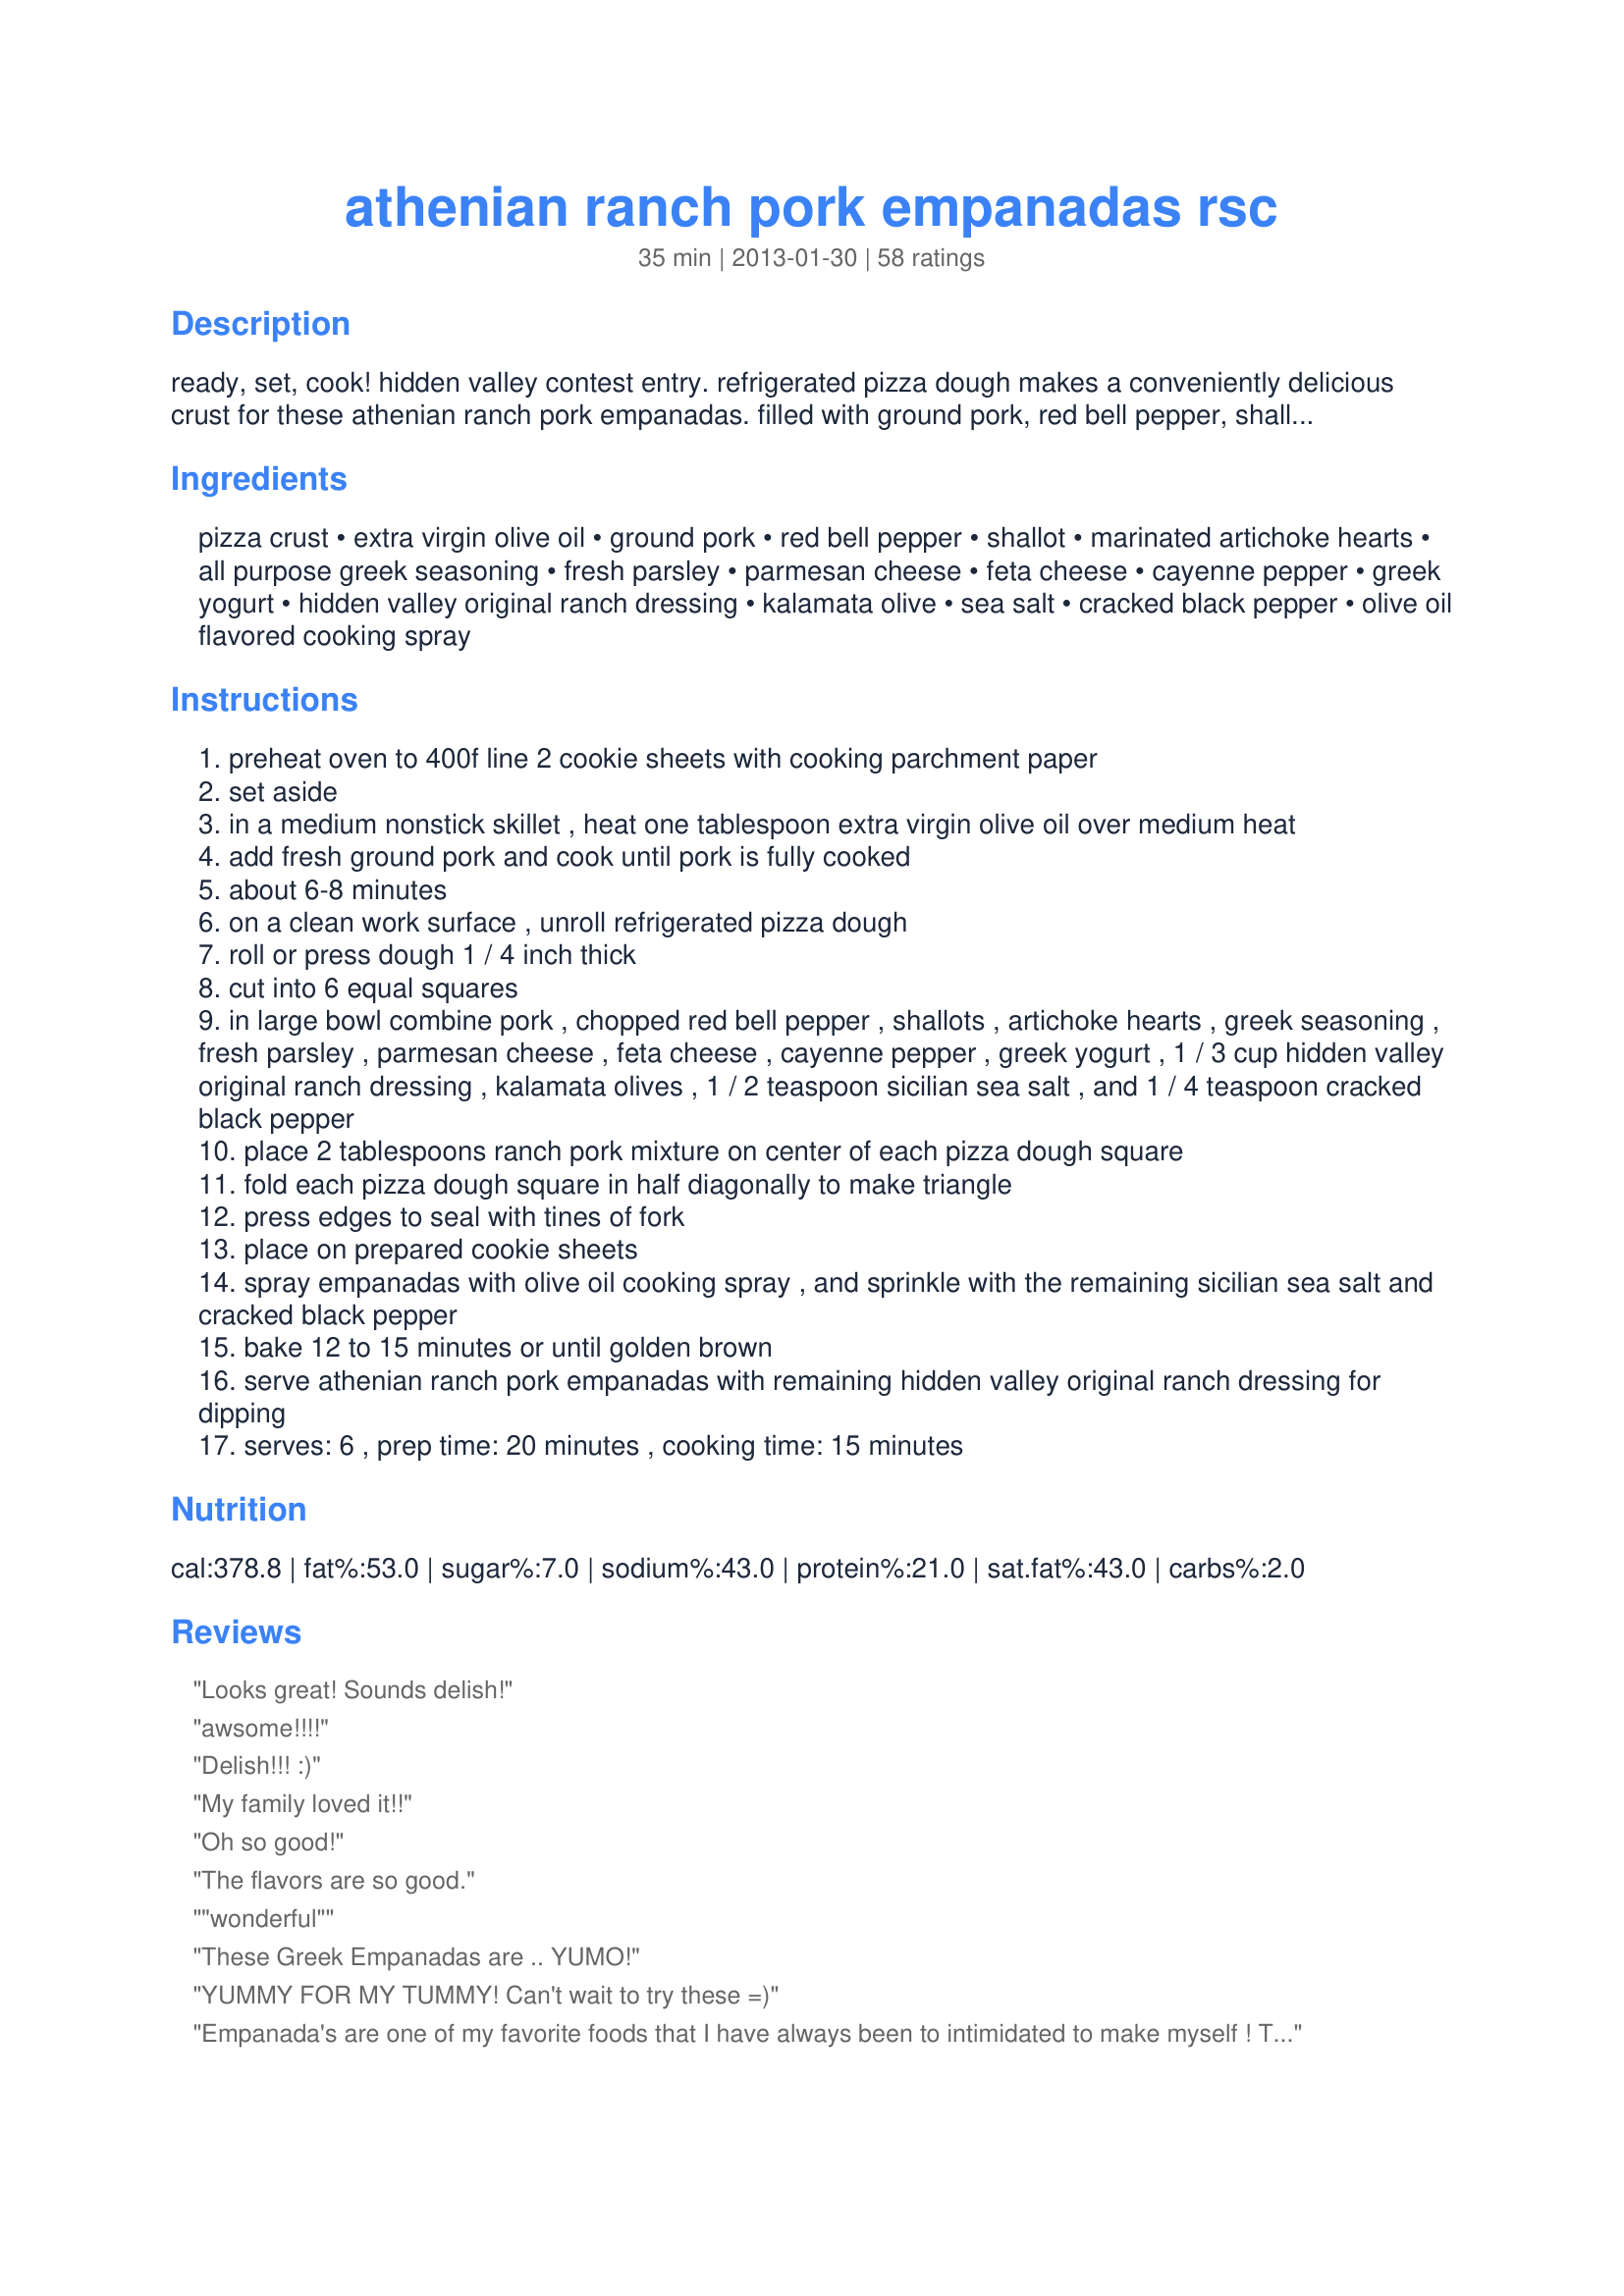
athenian ranch pork empanadas rsc
Preparation time: 35 minutes

ready, set, cook! hidden valley contest entry. refrigerated pizza dough makes a conveniently delicious crust for these athenian ranch pork empanadas. filled with ground pork, red bell pepper, shallots, artichokes, parmesan cheese, feta cheese, greek yogurt, and hidden valley original ranch dressing-a combination that will throw a delicious greek party in your mouth! easy to prepare and fast to cook!!!!

Ingredients:
pizza crust, extra virgin olive oil, ground pork, red bell pepper, shallot, marinated artichoke hearts, all purpose greek seasoning, fresh parsley, parmesan cheese, feta cheese, cayenne pepper, greek yogurt, hidden valley original ranch dressing, kalamata olive, sea salt, cracked black pepper, olive oil flavored cooking spray

Steps:
preheat oven to 400f line 2 cookie sheets with cooking parchment paper
set aside
in a medium nonstick skillet , heat one tablespoon extra virgin olive oil over medium heat
add fresh ground pork and cook until pork is fully cooked
about 6-8 minutes
on a clean work surface , unroll refrigerated pizza dough
roll or press dough 1 / 4 inch thick
cut into 6 equal squares
in large bowl combine pork , chopped red bell pepper , shallots , artichoke hearts , greek seasoning , fresh parsley , parmesan cheese , feta cheese , cayenne pepper , greek yogurt , 1 / 3 cup hidden valley original ranch dressing , kalamata olives , 1 / 2 teaspoon sicilian sea salt , and 1 / 4 teaspoon cracked black pepper
place 2 tablespoons ranch pork mixture on center of each pizza dough square
fold each pizza dough square in half diagonally to make triangle
press edges to seal with tines of fork
place on prepared cookie sheets
spray empanadas with olive oil cooking spray , and sprinkle with the remaining sicilian sea salt and cracked black pepper
bake 12 to 15 minutes or until golden brown
serve athenian ranch pork empanadas with remaining hidden valley original ranch dressing for dipping
serves: 6 , prep time: 20 minutes , cooking time: 15 minutes

Reviews:
Looks great! Sounds delish!
awsome!!!!
Delish!!! :)
My family loved it!!
Oh so good!
The flavors are so good.
"wonderful"
These Greek Empanadas are .. YUMO!
YUMMY FOR MY TUMMY! Can't wait to try these =)
Empanada's are one of my favorite foods that I have always been to intimidated to make myself ! This recipe looks very doable and gives me lots of inspiration ! THanks for posting
Delicious! So great!!
I made this recipe.... and it was really good!!!
Cool recipe, I love empanadas!
Looks awesome!
Wow what an amazing recipe! Looks incredible!!!
Yummy! And fun!
Awesome family food. Love how there is so little mess serving and eating. Wonderful recipe!
yummy
Bring on the Deliciousness!
Great recipe. This is a must try!!
Yum! Sounds perfect for the big game!!!!!
A great appetizer!
Anything from this cook is fabulous!
Sounds wonderful, making these
Sounds wonderful!
Looks quick and simple! Can't wait to try it out! Thanks!
These are Yummy!!!
Sounds fantastic. A must try recipe !
Delicious!!!!
Fun and tasty goodness!
These pork Empanadas are absolutely delicious!
Jeanne is the best cook we have ever ran across. She is always putting her heart and soul into her food. Her talent is a gift from GOD that no other can mimic.
Sounds delish!!
yummyyy love your recipe!!!
sounds GREAT!!!!!!
Very simple but delicious! Great flavor combo!!!
Marvelous
Sounds great and simple.
Yummy
May I have some today?
So simple and delicious!
The flavors are great, and I like that it's easy!! Great job!
Looks and sounds DELICIOUS Jeanette! I think I have everything to make these for lunch! YUMMY : )
These are DELISH!!!
very tasty !
Sounds fabulous :)
Great recipe!!! Love the flavors!!
I am always looking for something new and this looks amazing! Can't wait to try it! Thanks for sharing!
What a great recipe!!! Made these for dinner last night ... served with a nice green salad... the perfect meal!! Great job!!!
Delicious and Flavorful :-)
Quick AND delicious!
Yummm!!
Looks wonderful! Can't wait to try it.
It was awesome!!
I have made this two weeks in a row, last weekend being a double batch and they quickly disappear, and I actually heard moans of joy when friends bit into it. I have been offered an entire daytrip sailing for free as long as I bring these along! Really amazing! thanks so much for sharing!
Love it! Great recipe!
What a delicious meal with a nice salad!!! Love it
Simply amazing as usual! She makes some killer stuff guys. I have never tasted an Empanada like this!
